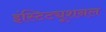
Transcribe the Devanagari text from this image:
इंस्टिट्यूशनल